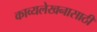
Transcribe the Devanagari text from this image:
काव्यलेखनासाठी